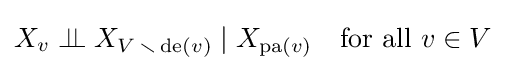
X_{v}\perp \!\!\!\perp X_{V\,\smallsetminus \,\operatorname {de} (v)}\mid X_{\operatorname {pa} (v)}\quad {\text{for all }}v\in V